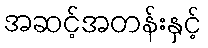
အဆင့်အတန်းနှင့်